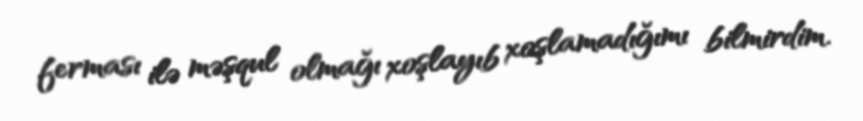
ferması ilə məşqul olmağı xoşlayıb xoşlamadığımı bilmirdim.